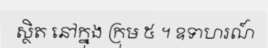
ស្ថិត នៅក្នុង ក្រុម ៥ ។ ឧទាហរណ៍